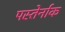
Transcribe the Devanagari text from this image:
पस्तेर्नाक